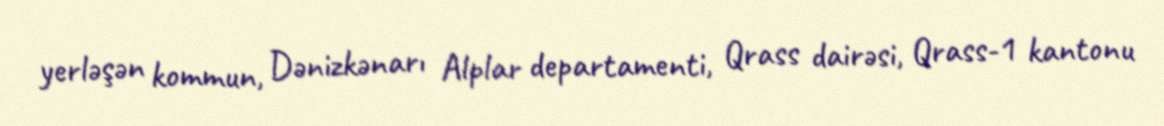
yerləşən kommun, Dənizkənarı Alplar departamenti, Qrass dairəsi, Qrass-1 kantonu